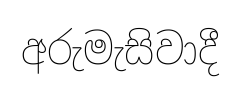
අරුමැසිවාදී